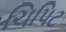
ચિપિટ